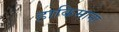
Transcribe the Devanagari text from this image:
हाकिमाना